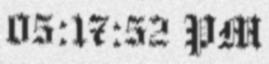
05:17:52 PM